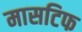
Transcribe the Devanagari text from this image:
मासटिफ